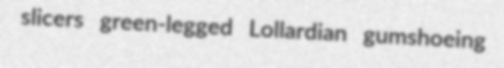
slicers green-legged Lollardian gumshoeing